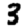
Digit: 3